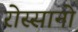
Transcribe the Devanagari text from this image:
रोस्सानो